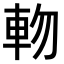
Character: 𨋊